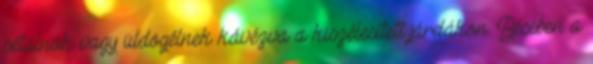
sétálnak vagy üldögélnek kávézva a kiszélesített járdákon. Bécsben a